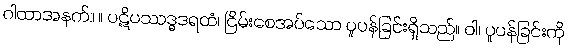
ဂါထာအနက်။ ။ ပဋိပဿဒ္ဓဒရထံ၊ ငြိမ်းစေအပ်သော ပူပန်ခြင်းရှိသည်။ ဝါ၊ ပူပန်ခြင်းကို